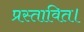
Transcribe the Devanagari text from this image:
प्रस्तावित।